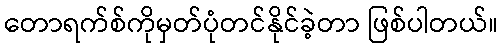
တောရက်စ်ကိုမှတ်ပုံတင်နိုင်ခဲ့တာ ဖြစ်ပါတယ်။